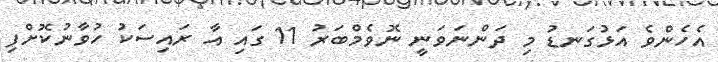
އެހެންވެ އަޅުގަނޑު މި ދަންނަވަނީ ނޮވެމްބަރު 11 ގައި އާ ރައިސަކު ހުވާނުކޮށްފި